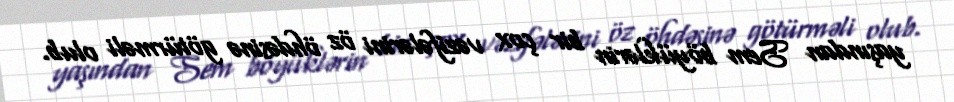
yaşından Sem böyüklərin bir çox vəzifələrini öz öhdəsinə götürməli olub.